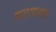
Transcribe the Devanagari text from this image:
चराचरांत